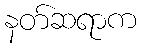
နတ်ဆရာက